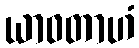
ယာဝတာဟံ